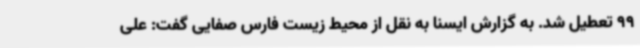
99 تعطیل شد. به گزارش ایسنا به نقل از محیط زیست فارس صفایی گفت: علی